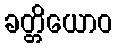
ခတ္တိယောဝ